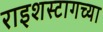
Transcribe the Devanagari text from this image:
राइशस्टागच्या